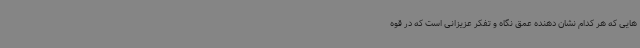
هایی که هر کدام نشان دهنده عمق نگاه و تفکر عزیزانی است که در قوه